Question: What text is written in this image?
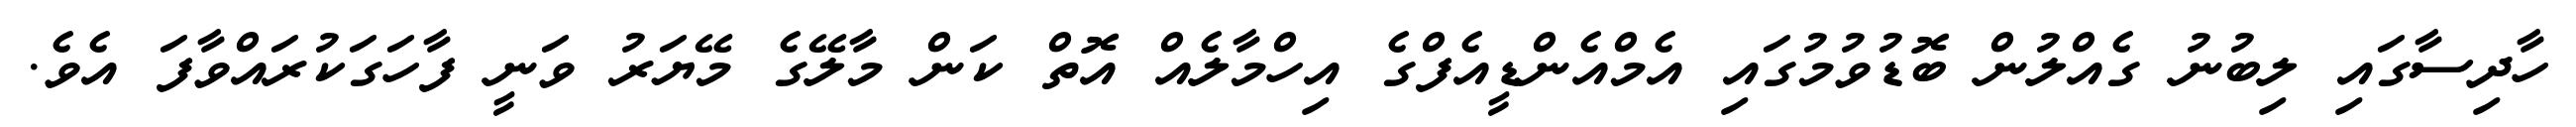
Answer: ހާދިސާގައި ލިބުނު ގެއްލުން ބޮޑުވުމުގައި އެމްއެންޑީއެފްގެ އިހްމާލެއް އޮތް ކަން މާލޭގެ މޭޔަރު ވަނީ ފާހަގަކުރައްވާފަ އެވެ.